Lunatic asylums in Bengal annual reports 1899-1911 - 1899-1911
Year: 1899
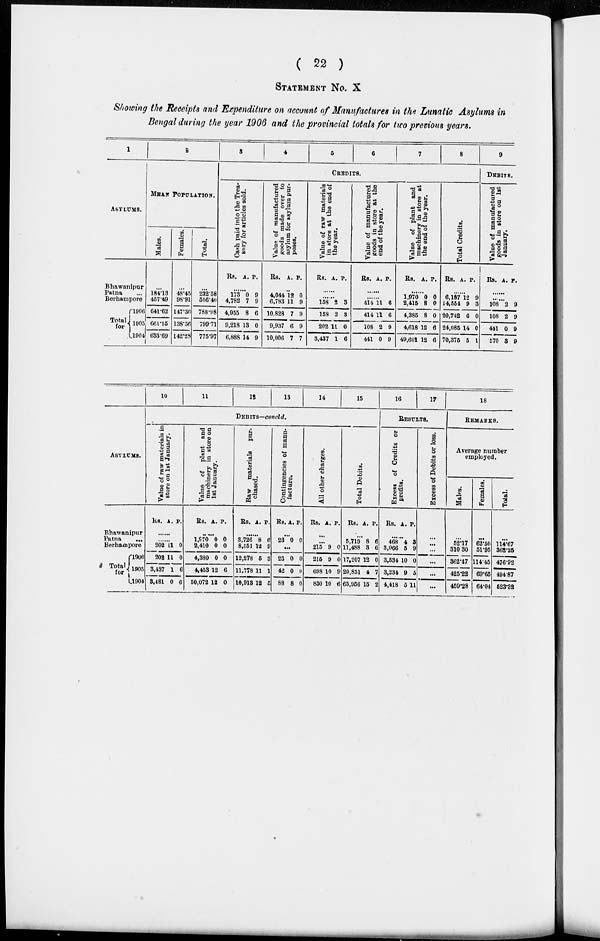
( 22 )
STATEMENT No. X
Showing the Receipts and Expenditure on account of Manufactures in the Lunatic Asylums in
Bengal during the year 1906 and the provincial totals for two previous years.
1
ASYLUMS.
Bhawanipur
Patna ...
Berhampore
Total
for
1906
1905
1904
2
MEAN POPULATION.
Males.
...
184.13
457.49
641.62
661.15
633.69
Females.
...
48.45
98.91
147.36
138.56
142.28
Total.
...
232.58
556.40
788.98
799.71
775.97
3
4
5
6
7
8
CREDITS.
Cash paid into the Trea-
sury for articles sold.
Rs. A. P.
......
173
4,782
4,955
9,218
6,888
0
7
8
13
14
9
9
6
0
9
Value of manufactured
goods made over to
asylum for asylum pur-
poses.
Rs. A. P.
......
4,044
6,783
10,828
9,937
10,006
12
11
7
6
7
0
9
9
9
7
Value of raw materials
in store at the end of
the year.
Rs. A. P.
......
......
158
158
202
3,437
2
2
11
1
3
3
0
6
Value of manufactured
goods in store at the
end of the year.
Rs. A. P.
......
......
414
414
108
441
11
11
2
0
6
6
9
9
Value of plant and
machinery in store at
the end of the year.
Rs. A. P.
......
1,970
2,415
4,385
4,618
49,601
0
8
8
12
12
0
0
0
6
6
Total Credits.
Rs. A. P.
......
6,187
14,554
20,742
24,085
70,375
12
9
6
14
5
9
3
0
0
1
9
DEBITS.
Value of manufactured
g oods in store on 1st
January.
Rs. A. P.
......
......
108
108
441
570
2
2
0
3
9
9
9
9
ASYLUMS.
Bhawanipur
Patna
...
Berhampore
Total
for
1906
1905
1904
10
11
12
13
14
15
DEBITS—concld.
Value of raw materials in
store on 1st January.
Rs. A. P.
......
......
202
202
3,437
3,481
11
11
1
0
0
0
6
6
Value of plant and
machinery in store on
1st January.
Rs. A. P.
......
1,970
2,410
4,380
4,453
50,072
0
0
0
12
12
0
0
0
6
0
Raw materials pur-
chased.
Rs. A. P.
......
3,726
8,551
12,278
11,778
10,913
8
12
5
11
12
6
9
3
1
5
Contingencies of manu-
facture.
Rs. A. P.
...
23 0 0
...
23
42
88
0
0
8
0
0
0
All other charges.
Rs. A. P.
...
...
215
215
698
830
9
9
10
10
0
0
9
6
Total Debits.
Rs. A. P.
...
5,719
11,488
17,207
20,851
65,956
8
3
12
4
15
6
6
0
7
2
16
17
RESULTS.
Excess of Credits or
profits.
Rs. A. P.
......
468
3,066
3,534
3,234
4,418
4
5
10
9
5
3
9
0
5
11
Excess of Debits or loss.
...
...
...
...
...
...
18
REMARKS.
Average number
employed.
Males.
...
52.17
310.30
362.47
425.22
459.28
Females.
...
62.50
51.95
114.45
69.65
64.04
Total.
...
114.67
362.25
476.92
494.87
523.32